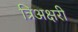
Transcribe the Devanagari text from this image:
त्रिअक्षरी